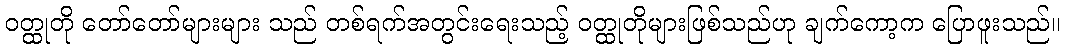
ဝတ္ထုတို တော်တော်များများ သည် တစ်ရက်အတွင်းရေးသည့် ဝတ္ထုတိုများဖြစ်သည်ဟု ချက်ကော့က ပြောဖူးသည်။